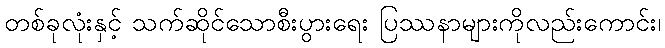
တစ်ခုလုံးနှင့် သက်ဆိုင်သောစီးပွားရေး ပြဿနာများကိုလည်းကောင်း၊